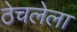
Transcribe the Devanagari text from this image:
ठेचलेला